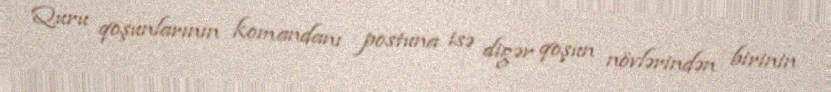
Quru qoşunlarının komandanı postuna isə digər qoşun növlərindən birinin